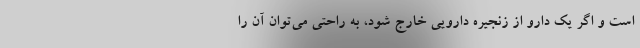
است و اگر یک دارو از زنجیره دارویی خارج شود، به راحتی می‌توان آن را